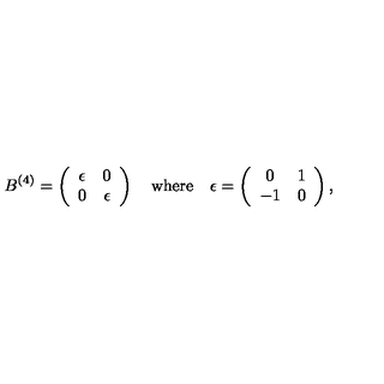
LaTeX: B ^ { ( 4 ) } = \left( \begin{array} { c c } { \epsilon } & { 0 } \\ { 0 } & { \epsilon } \\ \end{array} \right) \quad \mathrm { w h e r e } \quad \epsilon = \left( \begin{array} { c c } { 0 } & { 1 } \\ { - 1 } & { 0 } \\ \end{array} \right) ,